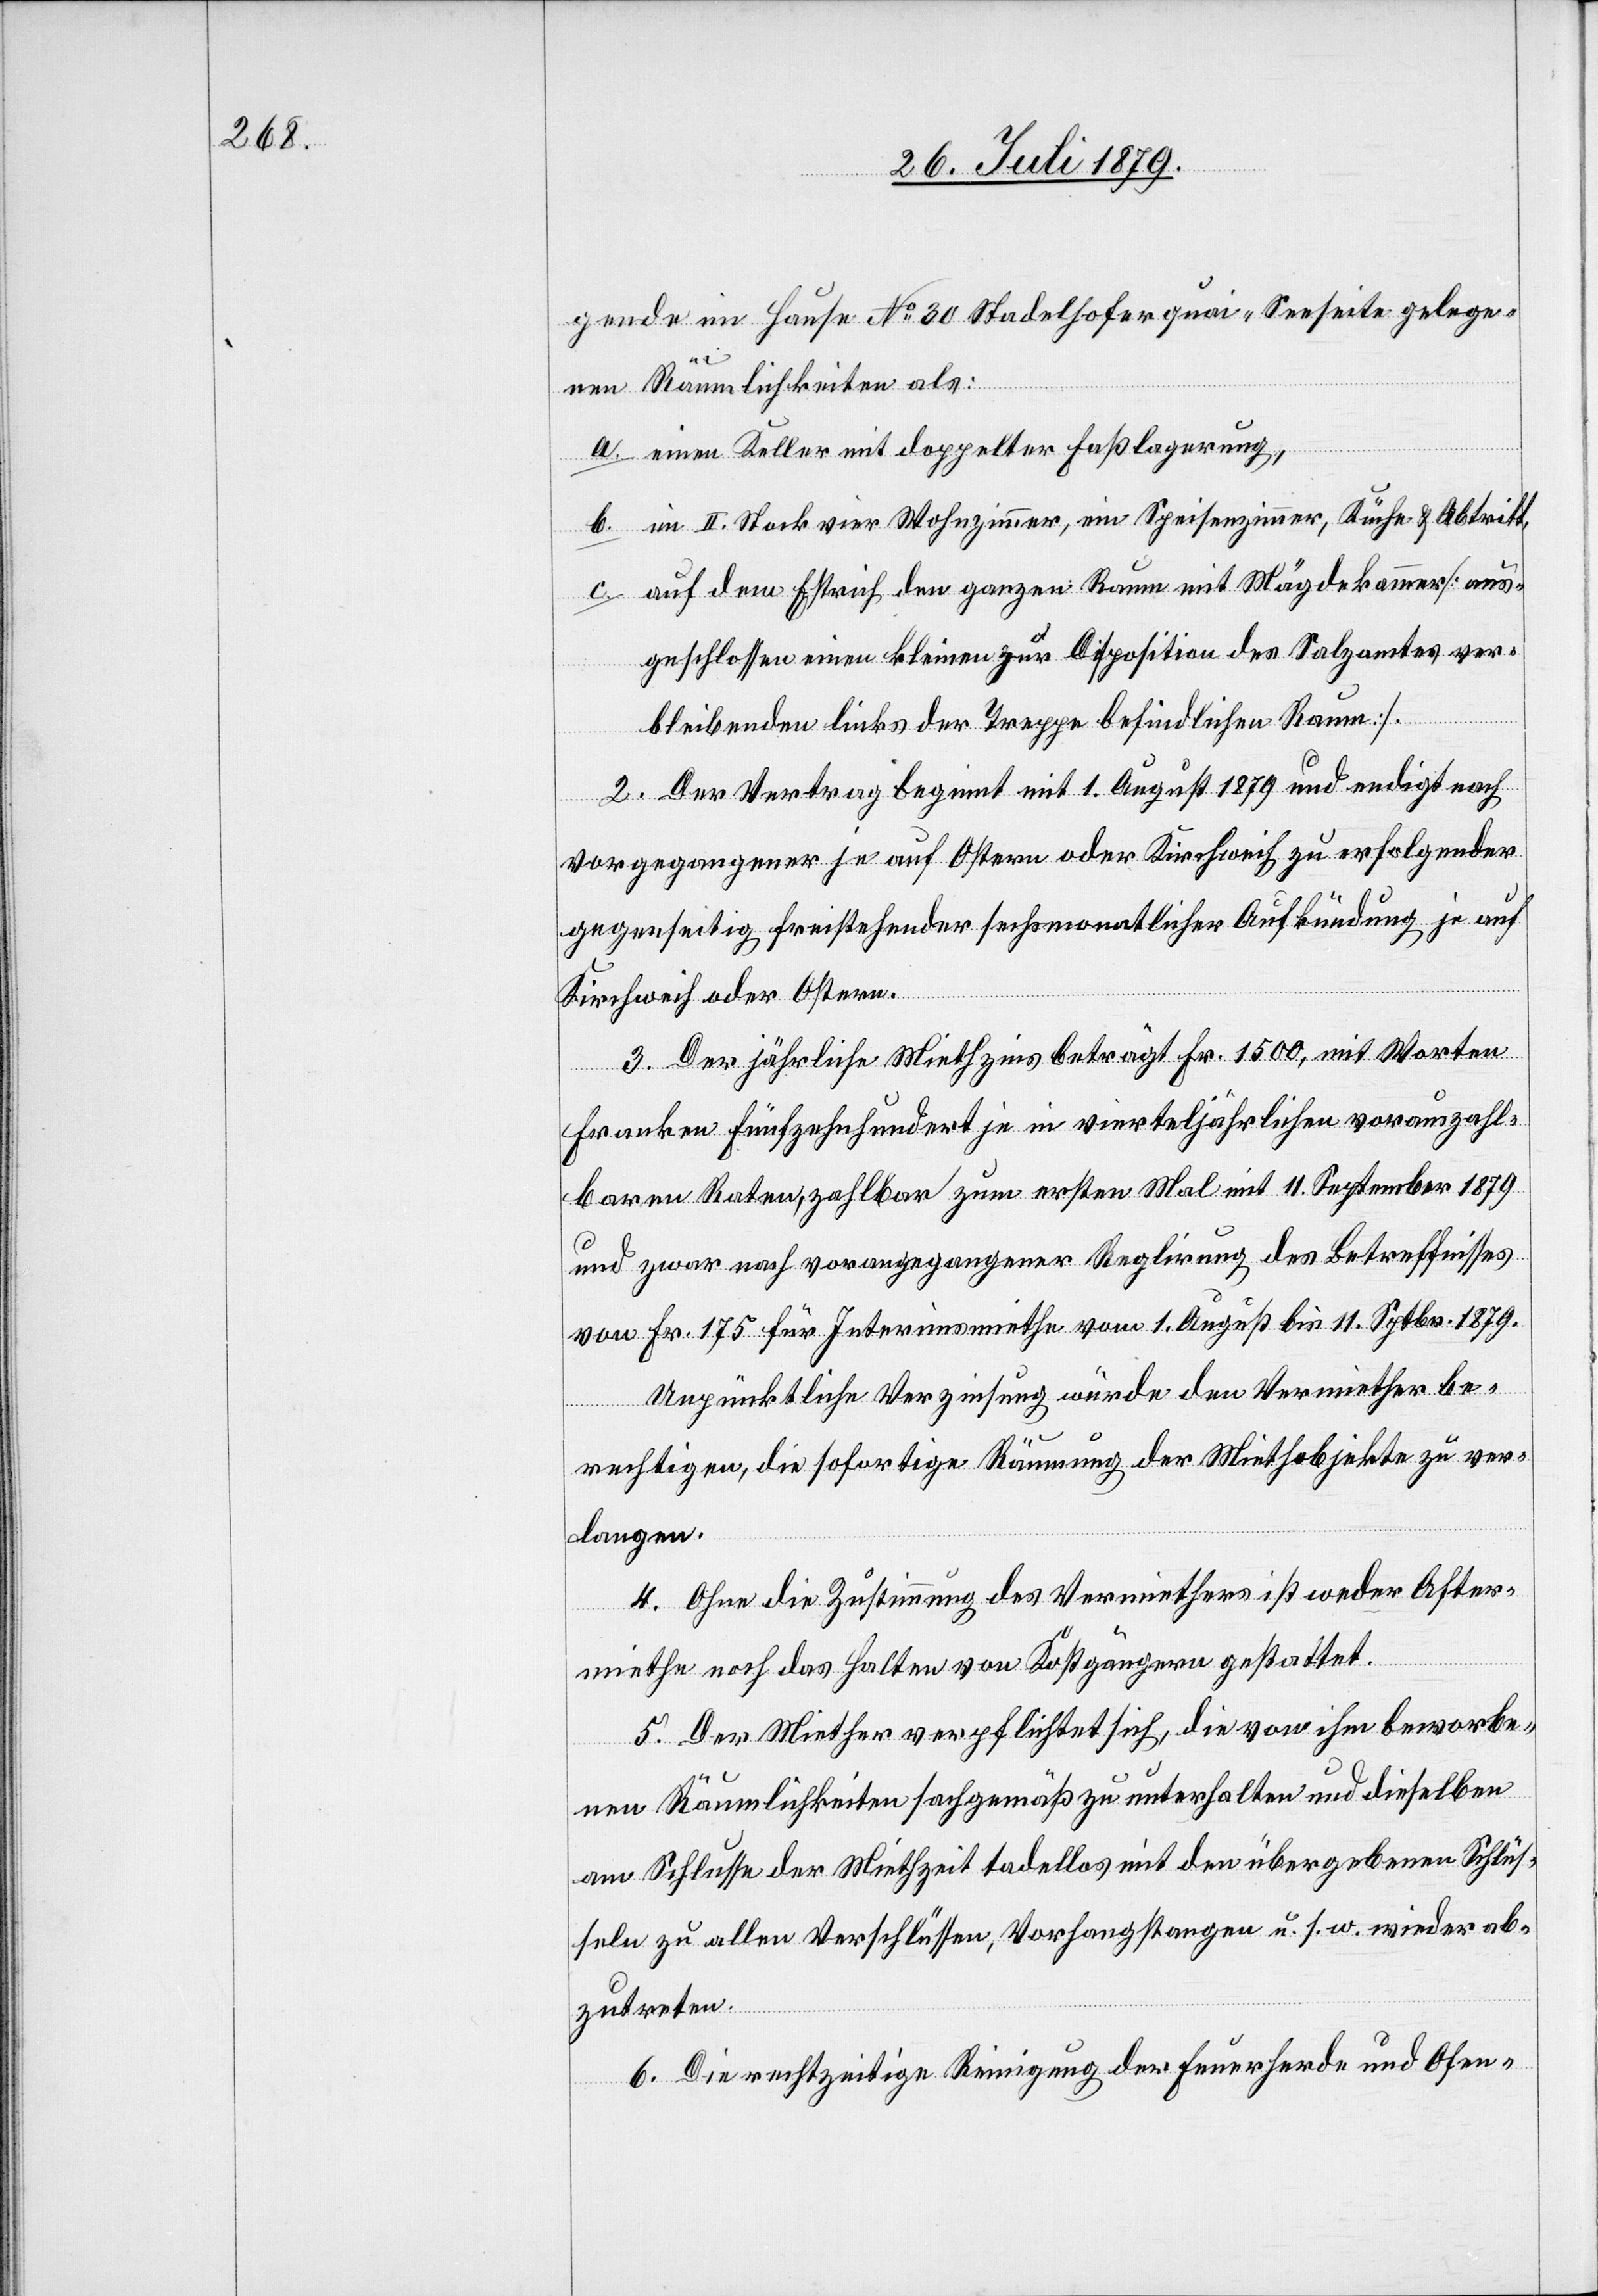
gende im Hause No 30 Stadelhoferquai-Seeseite gelege¬
nen Räumlichkeiten als:
a. einen Keller mit doppelter Faßlagerung,
b. im II. Stock vier Wohnzimmer, ein Speisezimmer, Küche & Abtritt,
c. auf dem Estrich den ganzen Raum mit Mägdekammer [aus¬
geschlossen einen kleinen zur Disposition des Salzamtes ver¬
bleibenden links der Treppe befindlichen Raum].
2. Der Vertrag beginnt mit 1. August 1879 und endigt nach
vorgegangener je auf Ostern oder Kirchweih zu erfolgender
gegenseitig freistehender sechsmonatlicher Aufkündung je auf
Kirchweih oder Ostern.
3. Der jährliche Miethzins beträgt Fr. 1500, mit Worten
Franken fünfzehnhundert je in vierteljährlichen vorauszahl¬
baren Raten, zahlbar zum ersten Mal mit 11. September 1879
und zwar nach vorangegangener Reglirung des Betreffnisses
von Fr. 175 für Interimsmiethe vom 1. August bis 11. Septbr. 1879.
Unpünktliche Verzinsung würde den Vermiether be¬
rechtigen, die sofortige Räumung der Miethobjekte zu ver¬
langen.
4. Ohne die Zustimmung des Vermiethers ist weder After¬
miethe noch das Halten von Kostgängern gestattet.
5. Der Miether verpflichtet sich, die von ihm beworbe¬
nen Räumlichkeiten sachgemäß zu unterhalten und dieselben
am Schlusse der Miethzeit tadellos mit den übergebenen Schlüs¬
seln zu allen Verschlüssen, Vorhangstangen u. s. w. wieder ab¬
zutreten.
6. Die rechtzeitige Reinigung der Feuerherde und Ofen-